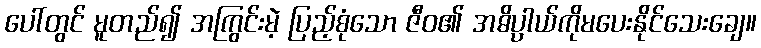
ပေါ်တွင် မူတည်၍ အကြွင်းမဲ့ ပြည့်စုံသော ဇီဝ၏ အဓိပ္ပါယ်ကိုမပေးနိုင်သေးချေ။